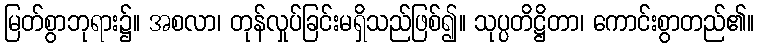
မြတ်စွာဘုရား၌။ အစလာ၊ တုန်လှုပ်ခြင်းမရှိသည်ဖြစ်၍။ သုပ္ပတိဋ္ဌိတာ၊ ကောင်းစွာတည်၏။